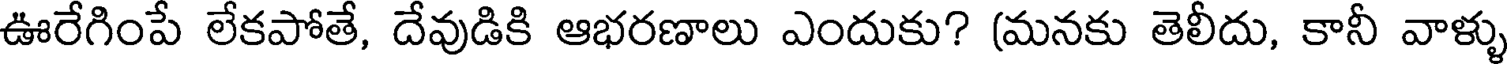
ఊరేగింపే లేకపోతే, దేవుడికి ఆభరణాలు ఎందుకు? (మనకు తెలీదు, కానీ వాళ్ళు